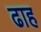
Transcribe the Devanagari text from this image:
ढाह